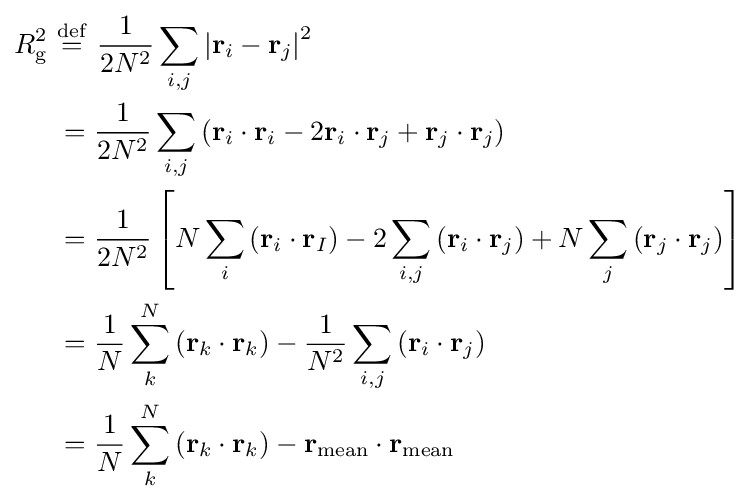
{\begin{aligned}R_{\mathrm {g} }^{2}\ &{\stackrel {\mathrm {def} }{=}}\ {\frac {1}{2N^{2}}}\sum _{i,j}\left|\mathbf {r} _{i}-\mathbf {r} _{j}\right|^{2}\\&={\frac {1}{2N^{2}}}\sum _{i,j}\left(\mathbf {r} _{i}\cdot \mathbf {r} _{i}-2\mathbf {r} _{i}\cdot \mathbf {r} _{j}+\mathbf {r} _{j}\cdot \mathbf {r} _{j}\right)\\&={\frac {1}{2N^{2}}}\left[N\sum _{i}\left(\mathbf {r} _{i}\cdot \mathbf {r} _{I}\right)-2\sum _{i,j}\left(\mathbf {r} _{i}\cdot \mathbf {r} _{j}\right)+N\sum _{j}\left(\mathbf {r} _{j}\cdot \mathbf {r} _{j}\right)\right]\\&={\frac {1}{N}}\sum _{k}^{N}\left(\mathbf {r} _{k}\cdot \mathbf {r} _{k}\right)-{\frac {1}{N^{2}}}\sum _{i,j}\left(\mathbf {r} _{i}\cdot \mathbf {r} _{j}\right)\\&={\frac {1}{N}}\sum _{k}^{N}\left(\mathbf {r} _{k}\cdot \mathbf {r} _{k}\right)-\mathbf {r} _{\mathrm {mean} }\cdot \mathbf {r} _{\mathrm {mean} }\end{aligned}}